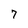
Character: 7